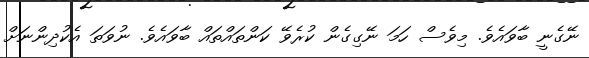
ނޭގެނީ ބާވައެވެ. މިވެސް ހަމަ ނޭގިގެން ކުރެވޭ ކަންތައްތައް ބާވައެވެ. ނުވަތަ އެކުދިންނަށް